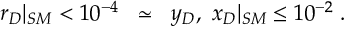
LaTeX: r _ { D } | _ { S M } < 1 0 ^ { - 4 } \; \; \simeq \; \; y _ { D } , \mathrm { \ } x _ { D } | _ { S M } \leq 1 0 ^ { - 2 } \; .